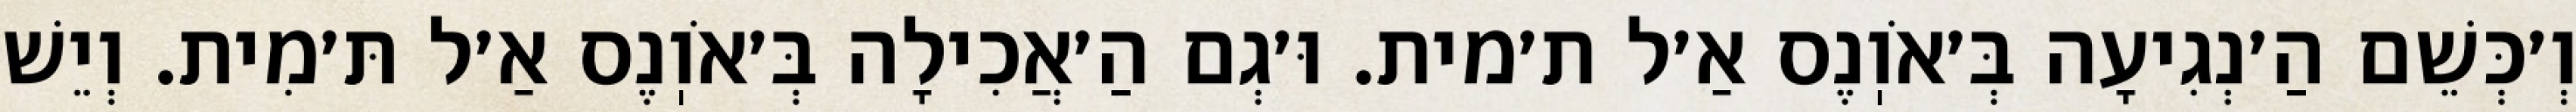
וְ׳כְּשֵׁם הַ׳נְגִיעָה בְּ׳אֹוֽנֶס אַ׳ל ת׳מית. וּ׳גְם הַ׳אֲכִילָה בְּ׳אֹוֽנֶס אַ׳ל תּ׳מִית. וְיֵשׁ